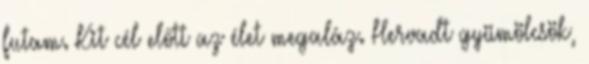
futam. Kit cél előtt az élet megaláz. Hervadt gyümölcsök,